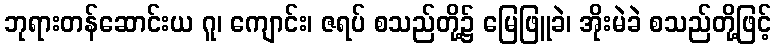
ဘုရားတန်ဆောင်းယ ဂူ၊ ကျောင်း၊ ဇရပ် စသည်တို့၌ မြေဖြူခဲ၊ အိုးမဲခဲ စသည်တို့ဖြင့်